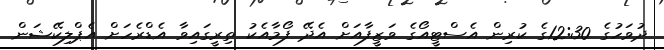
ދުވަހުގެ 12:30ގެ ކުރިން އެސްޓީއޯގެ ވަޒީފާއަށް އެދޭ ފޯމާއެކު ތިރީގައިވާ އެޑްރެހަށް އެޕްލިކޭޝަން